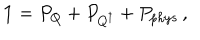
LaTeX: { \mathbf 1 } = P _ { Q } + P _ { Q ^ { \dagger } } + P _ { p h y s } \, ,